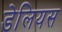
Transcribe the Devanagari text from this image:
डेलियस